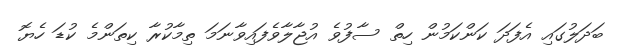
ބަދަލުގައި އެފަދަ ކަންކަމުން ހިތް ސާފުވެ އުޖާލާވެފައިވާނަމަ ތިމާކުރާ ކިތަންމެ ކުޑަ ހެޔޮ